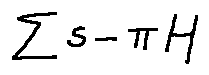
\sum s - \pi H